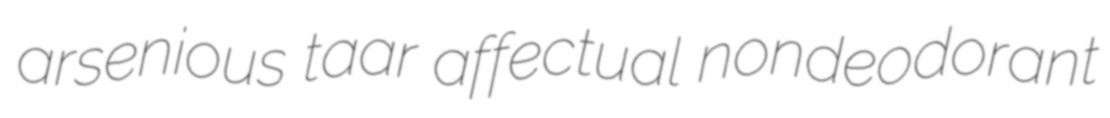
arsenious taar affectual nondeodorant